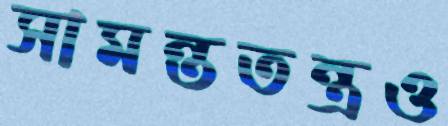
সামন্ততন্ত্রও